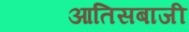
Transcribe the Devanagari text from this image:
आतिसबाजी